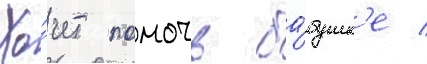
Хо́чет помочь ба́бушк'е /